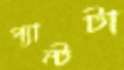
প্যান্টটা